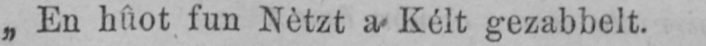
„En hûot fun Nètzt a Kélt gezabbelt.